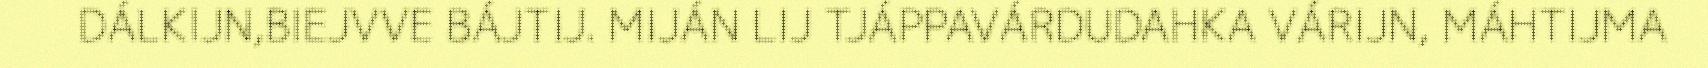
DÁLKIJN,BIEJVVE BÁJTIJ. MIJÁN LIJ TJÁPPAVÁRDUDAHKA VÁRIJN, MÁHTIJMA